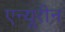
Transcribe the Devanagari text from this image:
एन्यूरीन